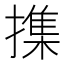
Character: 𢵸